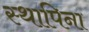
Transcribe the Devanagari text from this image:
स्थापिना